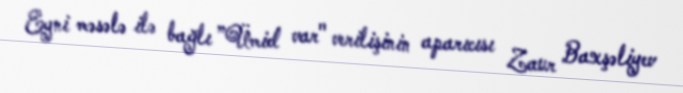
Eyni məsələ ilə bağlı ”Ümid var" verilişinin aparıcısı Zaur Baxşəliyev